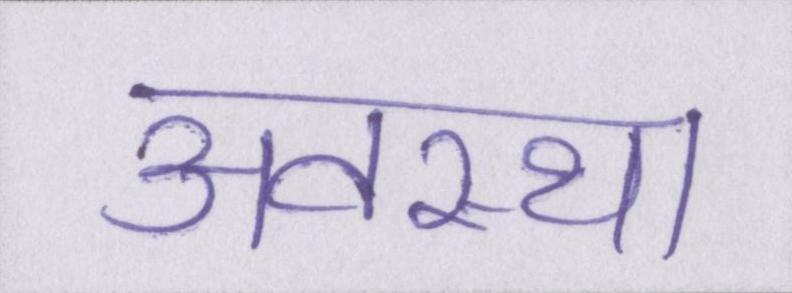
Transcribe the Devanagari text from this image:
अवस्था